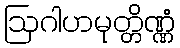
ဩဂါဟမုတ္တိဏ္ဏံ